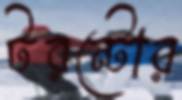
টরন্টোর